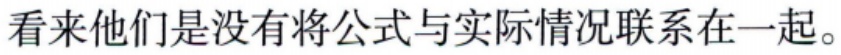
看来他们是没有将公式与实际情况联系在一起。